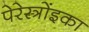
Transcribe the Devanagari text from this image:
पेरेस्त्रोंइका